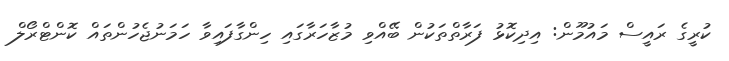
ކުރީގެ ރައީސް މައުމޫން: އިދިކޮޅު ފަރާތްތަކުން ބޭއްވި މުޒާހަރާގައި ހިންގާފައިވާ ހަމަނުޖެހުންތައް ކޮންޓްރޯލް